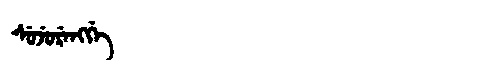
Manchu: ᠰᡠᠵᡠᡵᡝᠩᡤᡝ
Romanization: SUJURENGGE